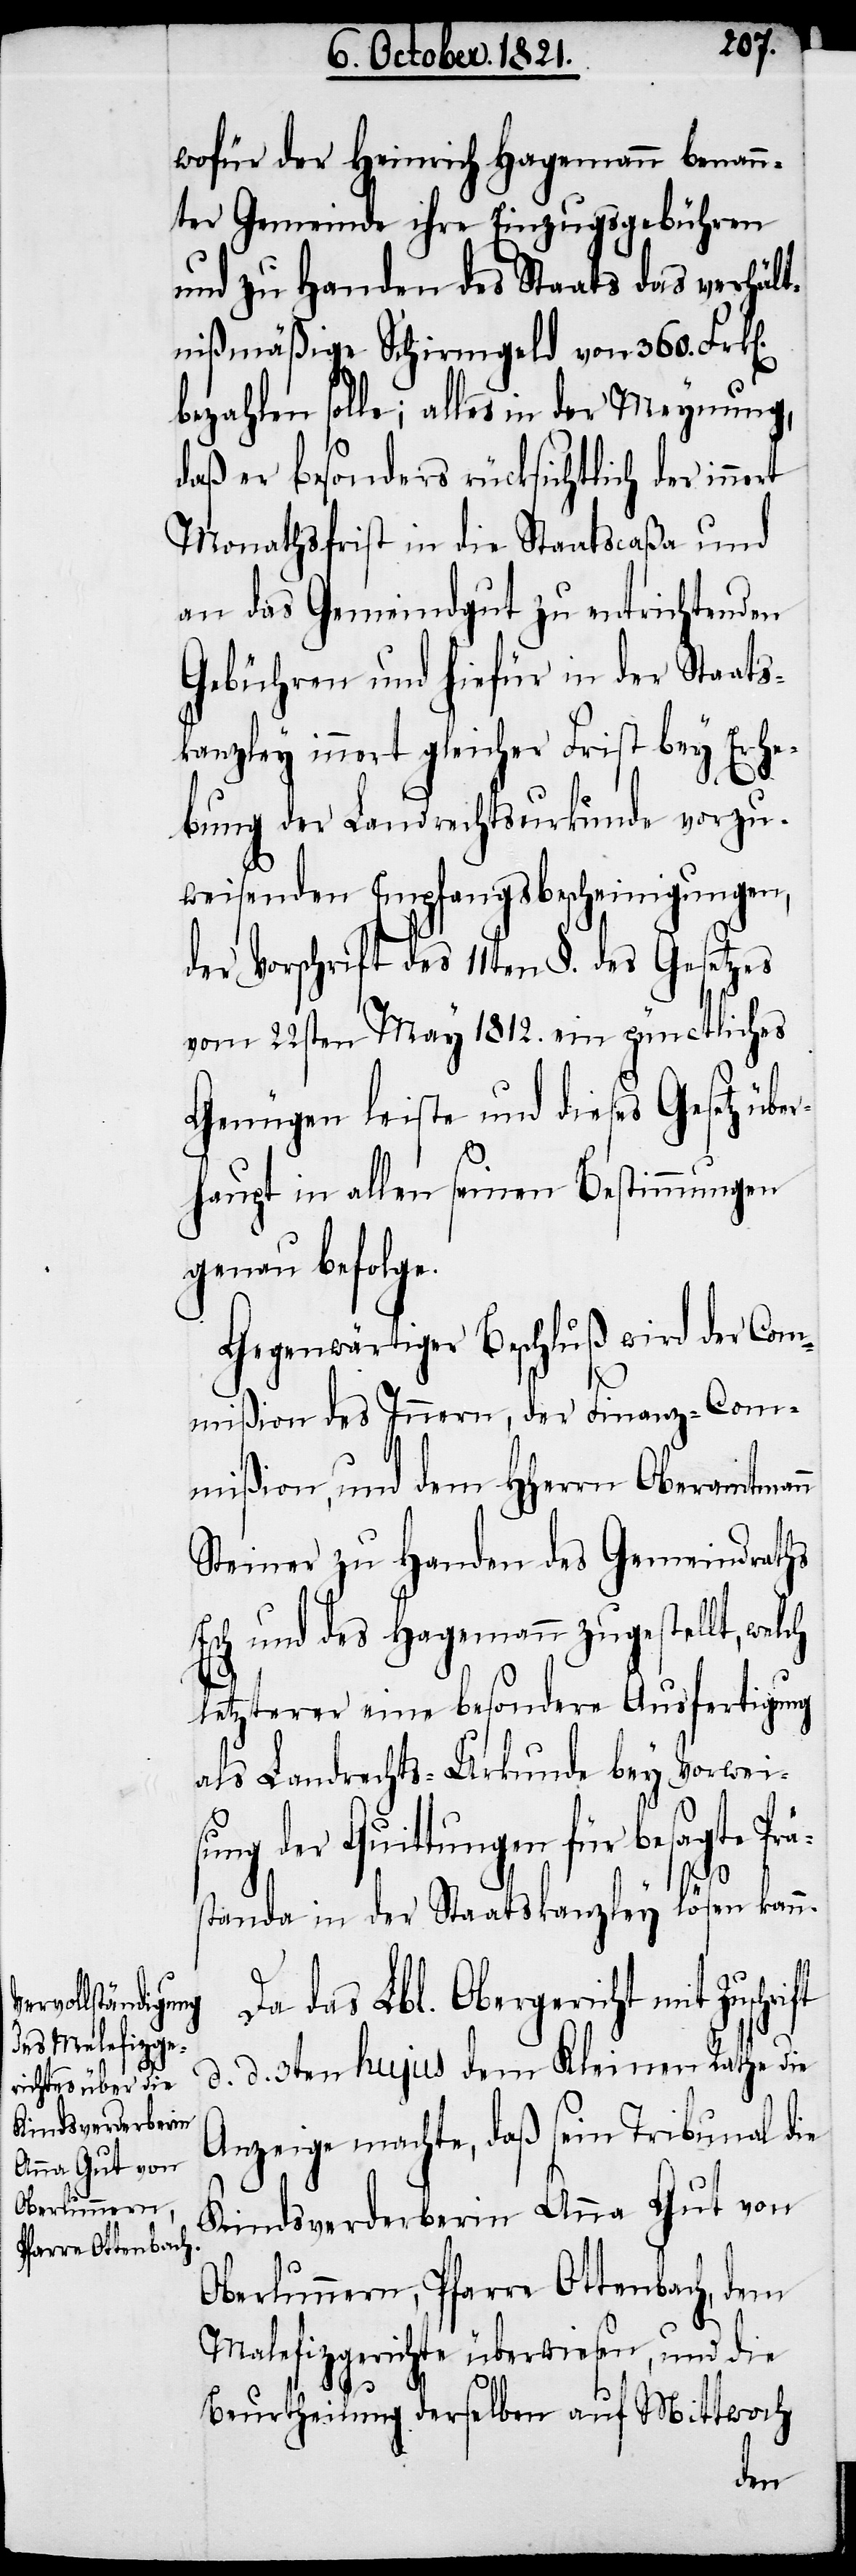
wofür der Heinrich Hagemann benann¬
ter Gemeinde ihre Einzugsgebühren
und zu Handen des Staats das verhält¬
nißmäßige Schirmgeld von 360. Frk[e¬
bezahlen solle; alles in der Meynung,
daß er besonders rücksichtlich der inne¬
Monathsfrist in die Staatscaßa und
an das Gemeindgut zu entrichtenden
Gebühren und hiefür in der Staats¬
kanzley innert gleicher Frist bey Erhe¬
bung der Landrechtsurkunde vorzu¬
weisenden Empfangsbescheinigungen,
der Vorschrift des 11ten §. des Gesetzes
vom 22sten May 1812. ein pünctliches
Genügen leiste und dieses Gesetz übe¬
rhaupt in allen seinen Bestimmungen
genau befolge.
Gegenwärtiger Beschluß wird der Com¬
mißion des Innern, der Finanz-Com¬
mißion, und dem HHerrn Oberamtmann
Steiner zu Handen des Gemeindraths
Esch und des Hagemann zugestellt, welch
letzterer eine besondere Ausfertigung
als Landrechts-Urkunde bey Vorweis¬
ung der Quittungen für besagte Prä¬
s¬
tanda in der Staatskanzley lösen kann.
das Lbl. Obergericht mit
d. d. 3ten hujus dem Kleinen Rathe die
Anzeige machte, daß sein Tribunal die
Kindsverderberin Anna Gut von
Oberlimmern, Pfarre Ottenbach, dem
Malefizgerichte überwiesen, und die
Beurtheilung derselben auf Mittwoch